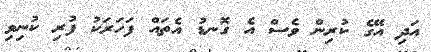
އަދި އޭގެ ކުރިން ވެސް އެ ގޮނޑު އެތައް ފަހަރަކު ފުރި ކުނިވި